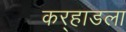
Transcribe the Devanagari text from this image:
कर्‍हाडला